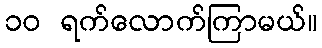
၁၀ ရက်လောက်ကြာမယ်။